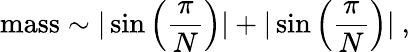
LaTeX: \mathrm{mass}\sim|\sin\left(\frac{\pi}{N}\right)|+|\sin\left(\frac{\pi}{N}\right)|~,